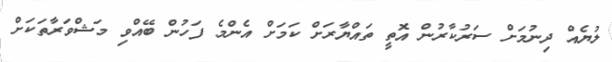
ލުޔެއް ދިނުމަށް ސަރުކާރުން އޮތީ ތައްޔާރަށް ކަމަށް އެންމެ ފަހުން ބޭއްވި މަޝްވަރާތަކަށް